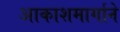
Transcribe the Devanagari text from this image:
आकाशमार्गाने